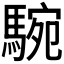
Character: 𩣵